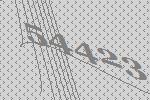
54423